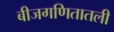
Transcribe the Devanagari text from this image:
बीजगणितातली